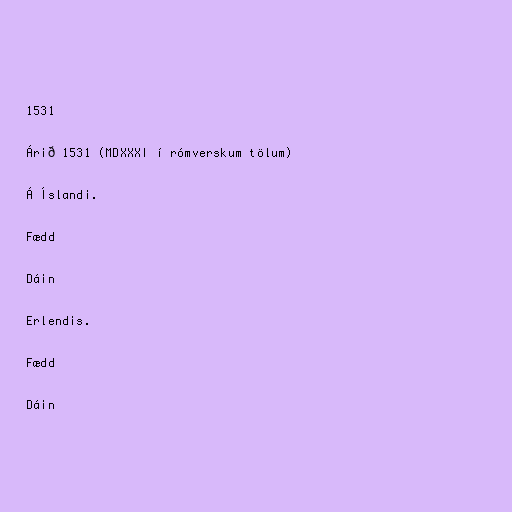
1531

Árið 1531 (MDXXXI í rómverskum tölum)

Á Íslandi.

Fædd

Dáin

Erlendis.

Fædd

Dáin